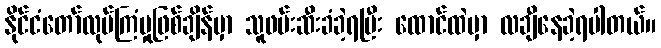
နိုင်ငံတော်လုပ်ကြံမှုဖြစ်ချိန်မှာ သူဖမ်းဆီးခံခဲ့ရပြီး ထောင်ထဲမှာ လချီနေခဲ့ရပါတယ်။